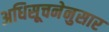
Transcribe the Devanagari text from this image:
अधिसूचनेनुसार